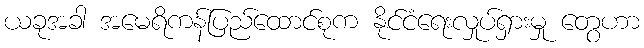
ယခုအခါ အမေရိကန်ပြည်ထောင်စုက နိုင်ငံရေးလှုပ်ရှားမှု တွေဟာ